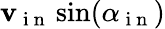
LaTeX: \mathbf{v}_{\mathrm{{~i~n~}}}\sin(\alpha_{\mathrm{{~i~n~}}})